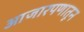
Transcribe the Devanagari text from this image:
आजारपणातून